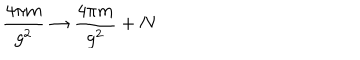
{ \frac { 4 \pi m } { g ^ { 2 } } } \rightarrow { \frac { 4 \pi m } { g ^ { 2 } } } + N